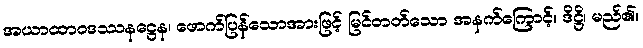
အယာထာဝဒဿနဋ္ဌေန၊ ဖောက်ပြန်သောအားဖြင့် မြင်တတ်သော အနက်ကြောင့်။ ဒိဋ္ဌိ၊ မည်၏။